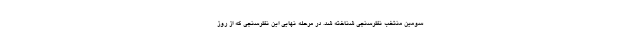
سومین منتخب نظرسنجی شناخته شد. در مرحله نهایی این نظرسنجی که از روز